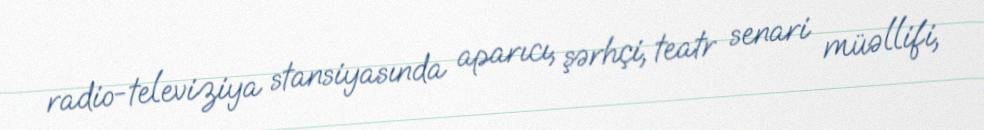
radio-televiziya stansiyasında aparıcı, şərhçi, teatr senari müəllifi,